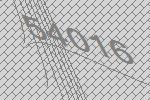
54016